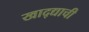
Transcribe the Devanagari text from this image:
खाद्द्याची